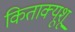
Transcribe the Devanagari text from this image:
किताक्यूशू